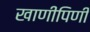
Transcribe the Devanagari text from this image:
खाणीपिणी